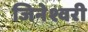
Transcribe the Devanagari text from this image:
जिनेश्वरी